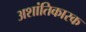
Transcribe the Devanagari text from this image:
अशांतिकारक